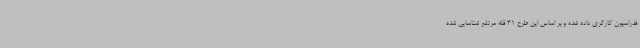
فدراسیون کارگری داده شده و بر اساس این طرح 31 قله مرتفع شناسایی شده